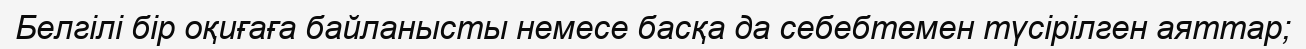
Белгілі бір оқиғаға байланысты немесе басқа да себебтемен түсірілген аяттар;